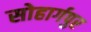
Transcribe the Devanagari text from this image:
सोहार्गपुर